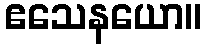
ဧသေနယော။